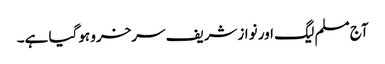
آج مسلم لیگ اور نوازشریف سرخرو ہوگیا ہے۔